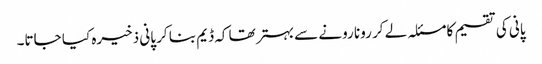
پانی کی تقسیم کا مسئلہ لے کر رونا رونے سے بہتر تھا کہ ڈیم بنا کر پانی ذخیرہ کیا جاتا۔